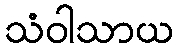
သံဝါသာယ